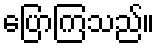
ပြောကြသည်။